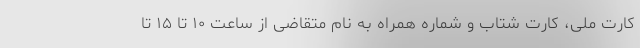
کارت ملی، کارت شتاب و شماره همراه به نام متقاضی از ساعت ۱۰ تا ۱۵ تا